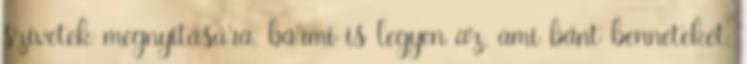
szívetek megnyitására, bármi is legyen az, ami bánt benneteket.